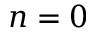
n = 0